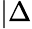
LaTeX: |\Delta